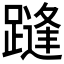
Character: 𲄂